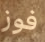
فوز